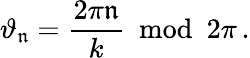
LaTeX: \vartheta_{\mathfrak{n}}=\frac{{2\pi\mathfrak{n}}}{{k}}\: \bmod\: 2\pi\, .